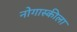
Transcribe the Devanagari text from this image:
नोगास्कीला